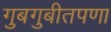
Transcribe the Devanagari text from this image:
गुबगुबीतपणा